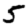
Digit: 5